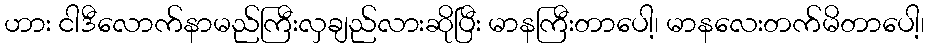
ဟား ငါဒီလောက်နာမည်ကြီးလှချည်လားဆိုပြီး မာနကြီးတာပေါ့၊ မာနလေးတက်မိတာပေါ့၊